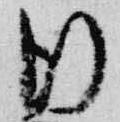
行